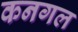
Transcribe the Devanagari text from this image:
कनगल